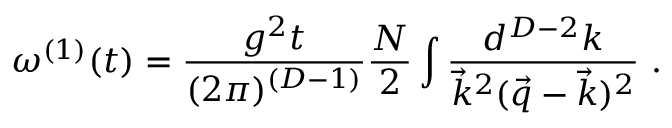
\omega ^ { ( 1 ) } ( t ) = \frac { g ^ { 2 } t } { ( 2 \pi ) ^ { ( D - 1 ) } } \frac { N } { 2 } \int \frac { d ^ { D - 2 } k } { \vec { k } ^ { 2 } ( \vec { q } - \vec { k } ) ^ { 2 } } ~ .